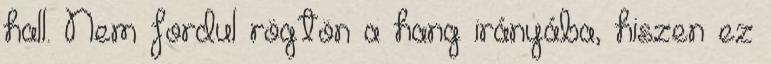
hall. Nem fordul rögtön a hang irányába, hiszen ez